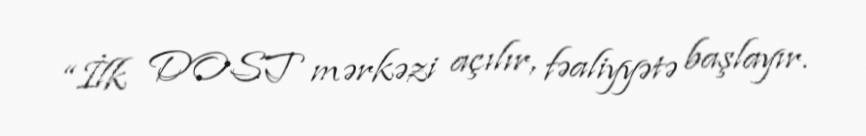
“İlk DOST mərkəzi açılır, fəaliyyətə başlayır.